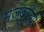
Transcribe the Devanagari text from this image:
मज़बूरियों